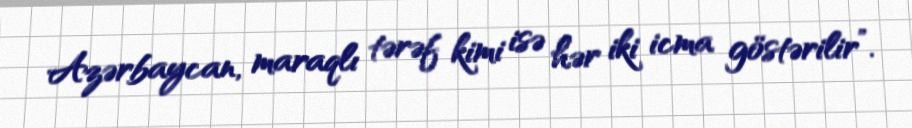
Azərbaycan, maraqlı tərəf kimi isə hər iki icma göstərilir”.